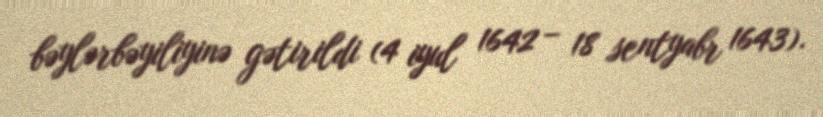
bəylərbəyiliyinə gətirildi (4 iyul 1642 – 18 sentyabr 1643).